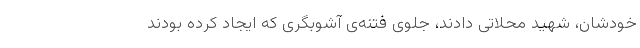
خودشان، شهید محلاتی دادند، جلوی فتنه‌ی آشوبگری که ایجاد کرده بودند